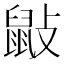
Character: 𪔿